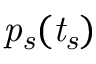
\mathit { p _ { s } ( t _ { s } ) }